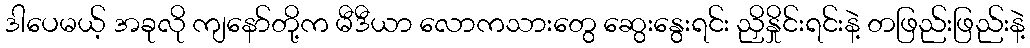
ဒါပေမယ့် အခုလို ကျနော်တို့က မီဒီယာ လောကသားတွေ ဆွေးနွေးရင်း ညှိနှိုင်းရင်းနဲ့ တဖြည်းဖြည်းနဲ့